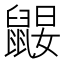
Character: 𪕤